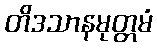
တိဒသာနမုတ္တမံ